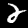
Label: 2